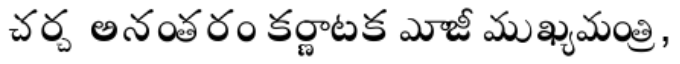
చర్చ అనంతరం కర్ణాటక మాజీ ముఖ్యమంత్రి,